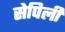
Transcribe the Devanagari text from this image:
सेपिली